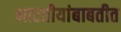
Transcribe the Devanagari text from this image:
भारतीयांबाबतीत